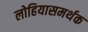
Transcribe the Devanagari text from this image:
लोहियासमर्थक